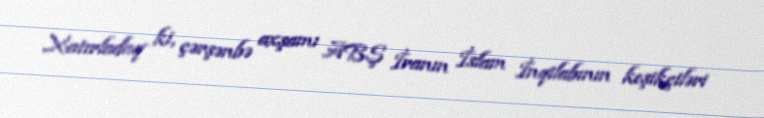
Xatırladaq ki, çərşənbə axşamı ABŞ İranın İslam İnqilabının keşikçiləri